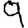
Digit: 9